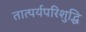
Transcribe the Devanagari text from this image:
तात्पर्यपरिशुद्धि